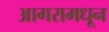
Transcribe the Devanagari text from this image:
आगरामधून